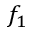
f _ { 1 }